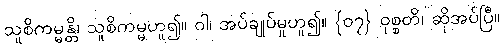
သူစိကမ္မန္တိ၊ သူစိကမ္မဟူ၍။ ဝါ၊ အပ်ချုပ်မှုဟူ၍။ {၀၇} ဝုစ္စတိ၊ ဆိုအပ်ပြီ။